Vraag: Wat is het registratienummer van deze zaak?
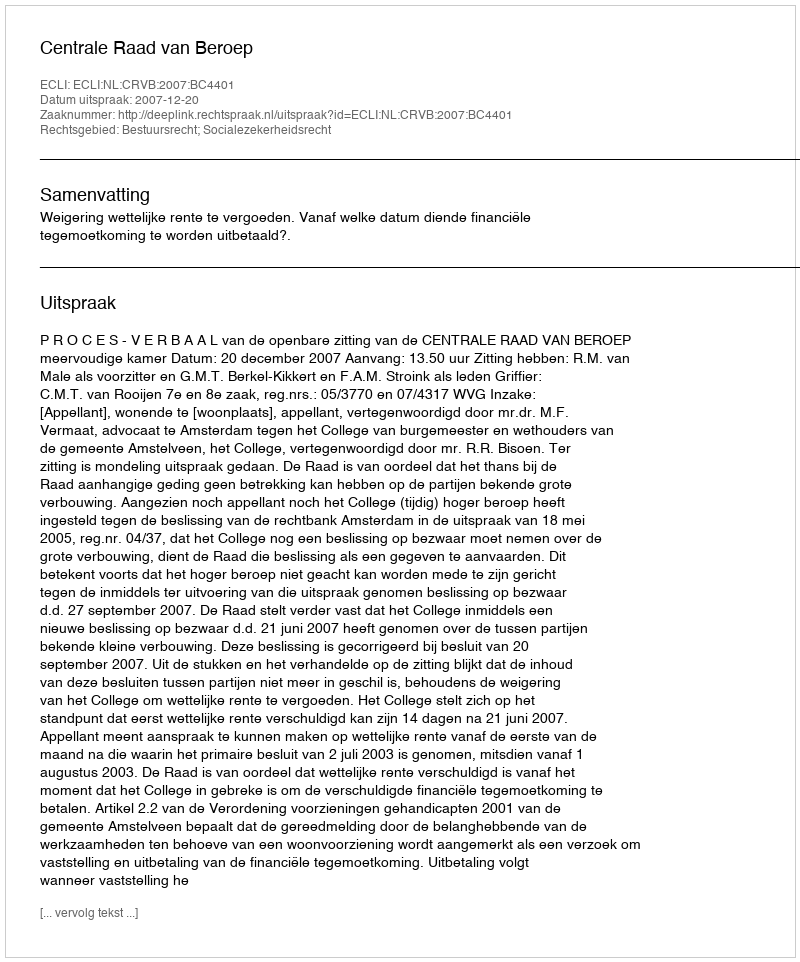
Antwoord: http://deeplink.rechtspraak.nl/uitspraak?id=ECLI:NL:CRVB:2007:BC4401